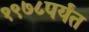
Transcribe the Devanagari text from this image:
१९७८पर्यंत